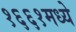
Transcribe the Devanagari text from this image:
१६६१मध्ये